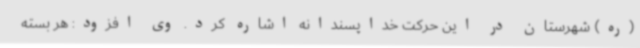
(ره) شهرستان در این حرکت خداپسندانه اشاره کرد. وی افزود: هر بسته